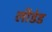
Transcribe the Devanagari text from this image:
लीडेड